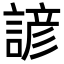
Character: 諺